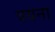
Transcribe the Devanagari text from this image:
वयना